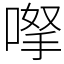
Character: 𠸎